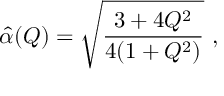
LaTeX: \hat { \alpha } ( Q ) = \sqrt { { \frac { 3 + 4 Q ^ { 2 } } { 4 ( 1 + Q ^ { 2 } ) } } } \ ,